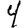
Digit: 4